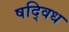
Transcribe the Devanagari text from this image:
षद्विध